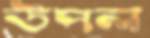
উপল